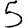
Digit: 5